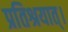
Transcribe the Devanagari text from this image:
प्रतिश्रयात्।